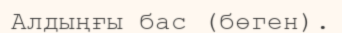
Алдыңғы бас (бөген).